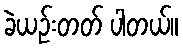
ခဲယဉ်းတတ် ပါတယ်။